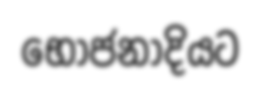
භෝජනාදියට